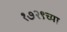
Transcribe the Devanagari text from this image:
१७२९च्या